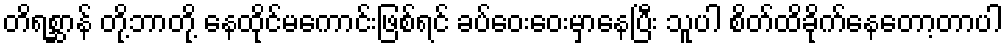
တိရစ္ဆာန် တို့ဘာတို့ နေထိုင်မကောင်းဖြစ်ရင် ခပ်ဝေးဝေးမှာနေပြီး သူပါ စိတ်ထိခိုက်နေတော့တာပါ